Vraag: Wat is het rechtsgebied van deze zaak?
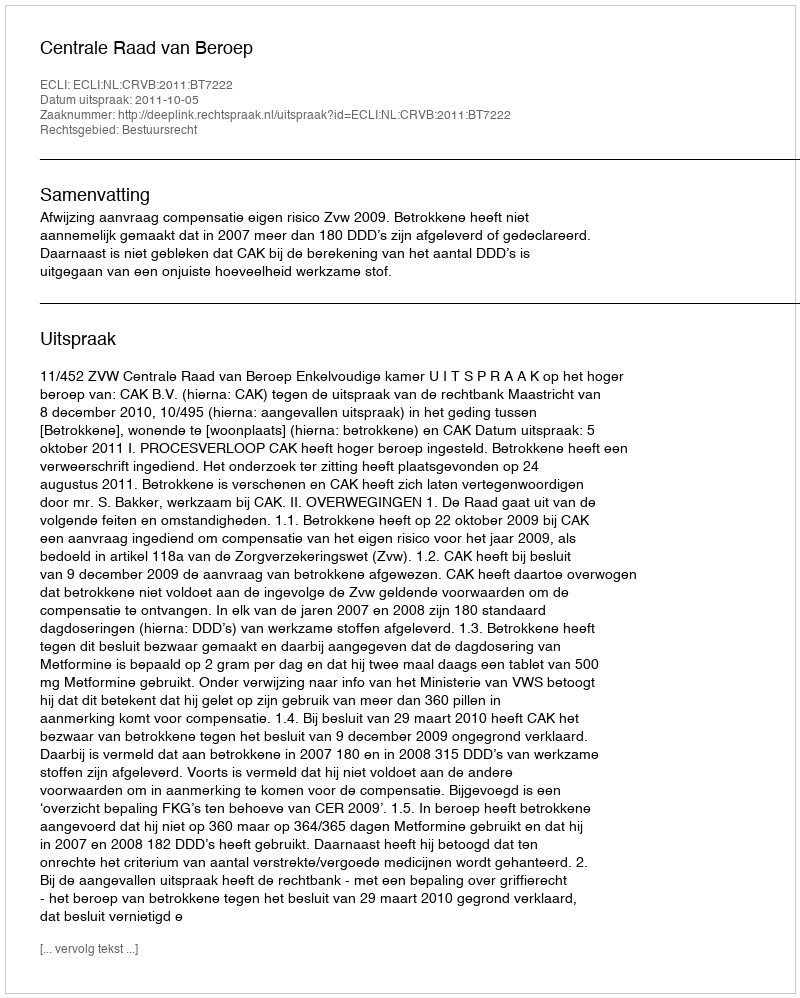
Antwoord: Bestuursrecht